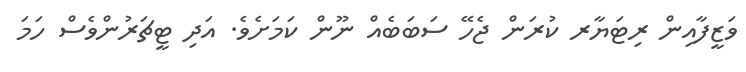
ވަޒީފާއިން ރިޓަޔާރ ކުރަން ޖެހޭ ސަބަބެއް ނޫން ކަމަށެވެ. އަދި ޓީޗަރުންވެސް ހަމަ